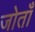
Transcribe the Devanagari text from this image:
जोताँ